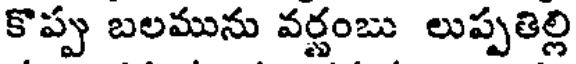
కొప్పు బలమును వర్ణంబు లుప్పతిల్లి